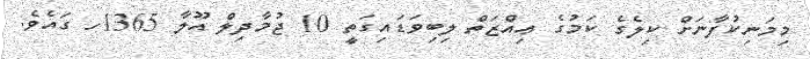
މިމަނިކުފާނަށް ކިލެގެ ކަމުގެ ޢިއްޒަތް ލިބިވަޑައިގަތީ 10 ޖުމާދިލް އޫލާ 1365ހ ގައެވެ.